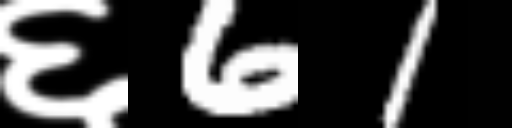
Text: ६61